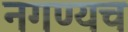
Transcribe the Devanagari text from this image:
नगण्यच